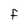
Character: F